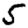
Digit: 5